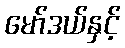
မော်ဒယ်နှင့်